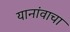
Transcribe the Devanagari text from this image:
यानांवाचा